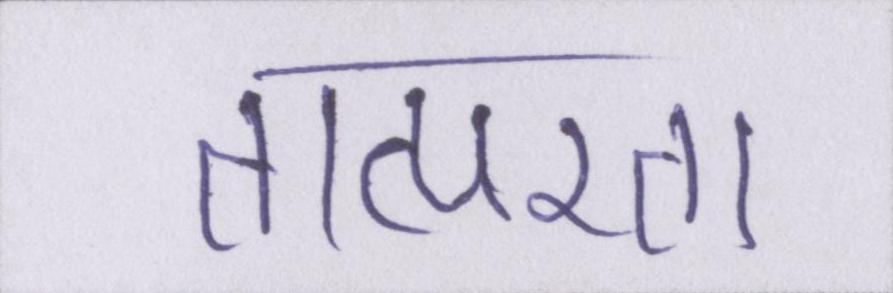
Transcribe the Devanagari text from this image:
तात्परता